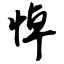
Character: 悼